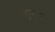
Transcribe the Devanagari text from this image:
सुमंत्रः